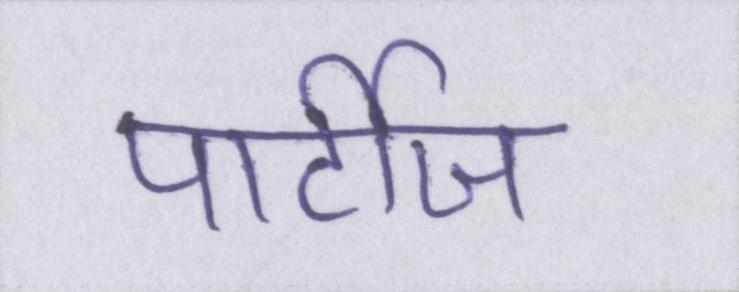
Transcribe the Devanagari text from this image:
पार्टीज